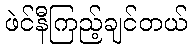
ဖဲင်နီကြည့်ချင်တယ်